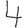
Digit: 4